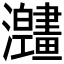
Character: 𱱅